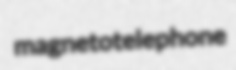
magnetotelephone